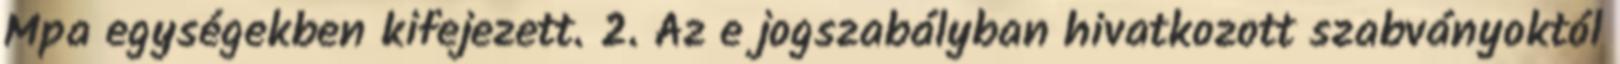
Mpa egységekben kifejezett. 2. Az e jogszabályban hivatkozott szabványoktól